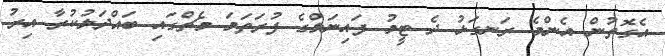
އެގޮތުން އެންމެ ރަނގަޅު ދެ ޓީމު ފައިނަލްގެ ފުރަތަމަ މެޗްގައި ބައްދަލުކުރާ އިރު